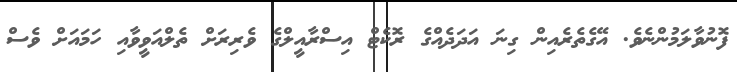
ފޮނުވާލަމުންނެވެ. އޭގެތެރެއިން ގިނަ އަދަދެއްގެ ރޮކެޓް އިސްރާއީލްގެ ވެރިރަށް ތެލްއަވީވާއި ހަމައަށް ވެސް